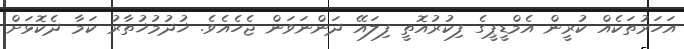
އަހަރުތަކެއް ކުރީން އެމްޑީޕީގެ ފިކުރުއޮތީ ފިލައޭ ދަންނަވަން ޖެހެއެވެ. ޚުދުމުޚުތާރު ކަމާ ދެކޮޅަށް